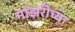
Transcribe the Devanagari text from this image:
मोझरीच्या